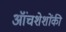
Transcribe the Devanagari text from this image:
ऑंचशेशोंकी